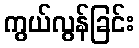
ကွယ်လွန်ခြင်း